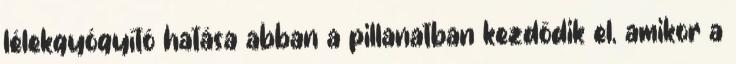
lélekgyógyító hatása abban a pillanatban kezdődik el, amikor a